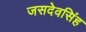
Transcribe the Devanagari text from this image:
जसदेवसिंह